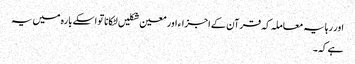
اور رہا یہ معاملہ کہ قرآن کے اجزاء اور معین شکلیں لٹکانا تو اسکے بارہ میں یہ
ہے کہ۔